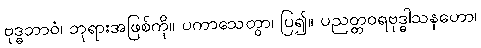
ဗုဒ္ဓဘာဝံ၊ ဘုရားအဖြစ်ကို။ ပကာသေတွာ၊ ပြ၍။ ပညတ္တဝရဗုဒ္ဓါသနဟော၊